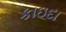
કાઇદા